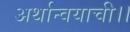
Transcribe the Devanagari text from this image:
अर्थान्वयाची।।